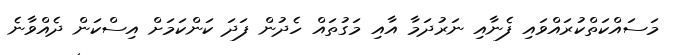
މަސައްކަތްކުރައްވައި ފެނާއި ނަރުދަމާ އާއި މަގުތައް ހެދުން ފަދަ ކަންކަމަށް އިސްކަން ދެއްވާނެ